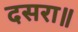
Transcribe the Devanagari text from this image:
दसरा॥